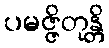
ပမဇ္ဇိတုန္တိ